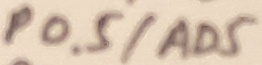
Text: P0.5/AD5